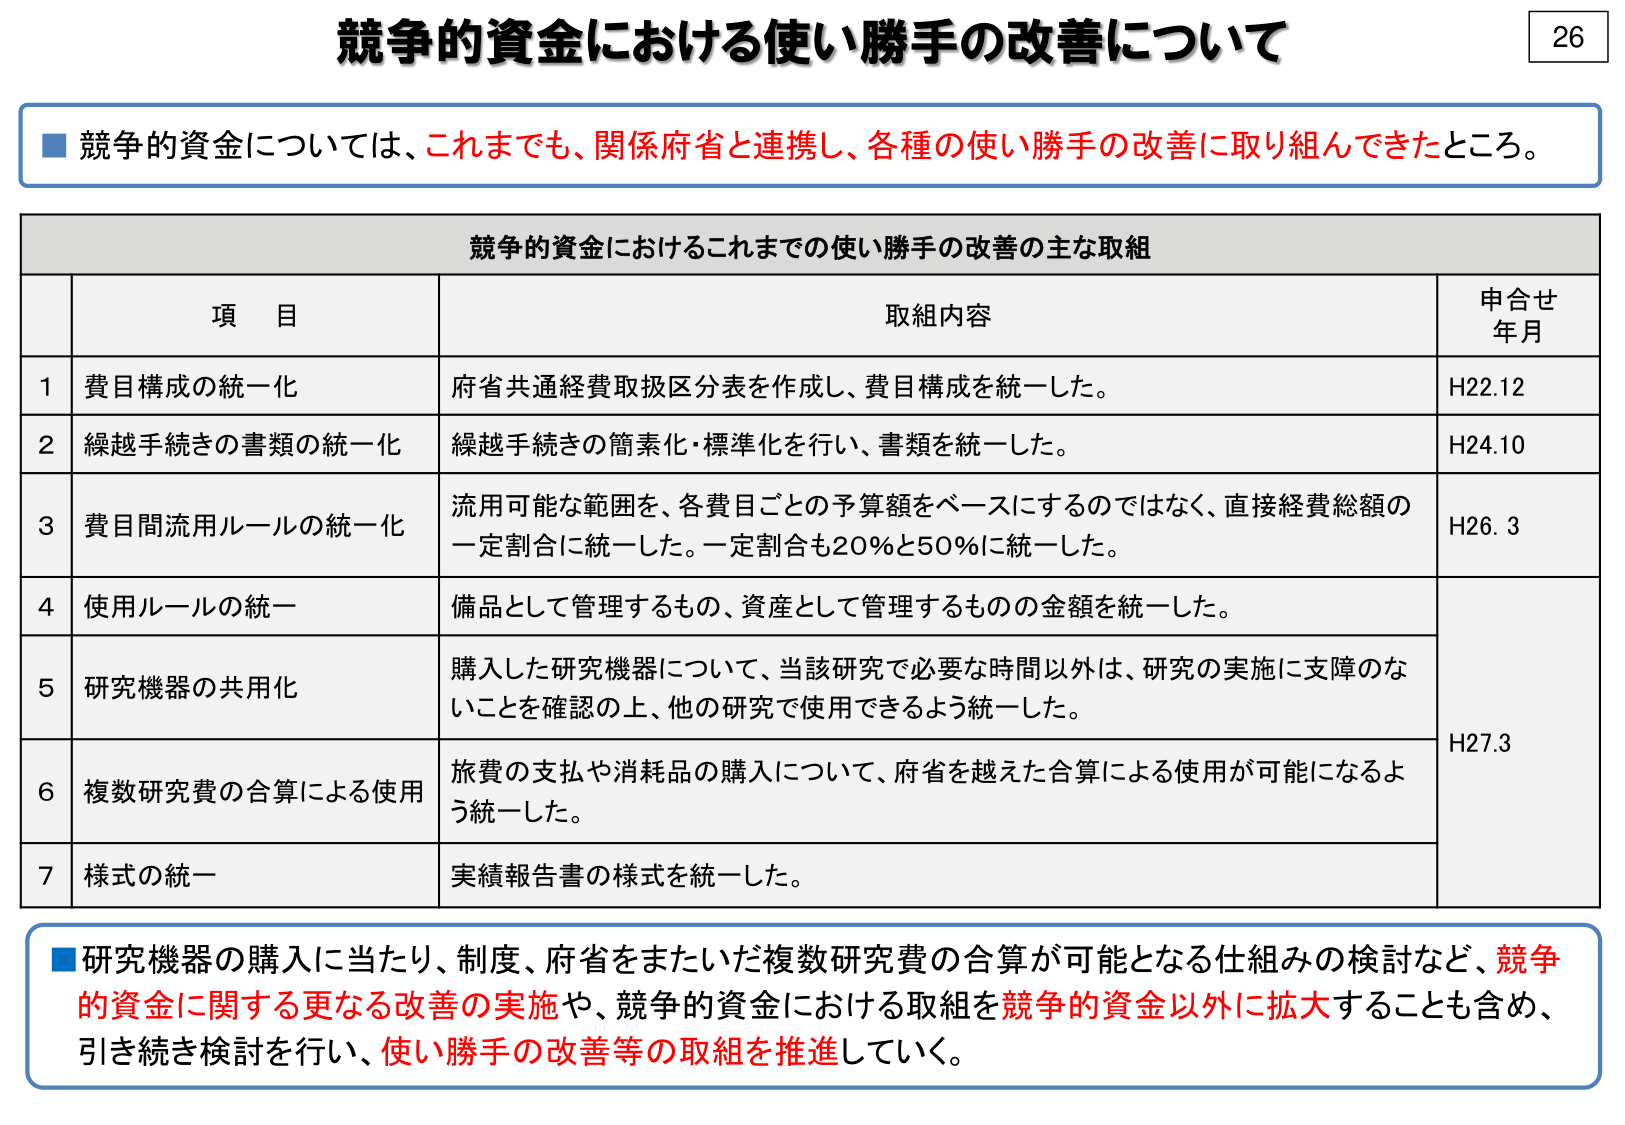
競争的資金における使い勝手の改善について

■ 競争的資金については、これまでも、関係府省と連携し、各種の使い勝手の改善に取り組んできたところ。

競争的資金におけるこれまでの使い勝手の改善の主な取組

項 目 取組内容 申合せ年月
1 費目構成の統一化 府省共通経費取扱区分表を作成し、費目構成を統一した。 H22.12
2 繰越手続きの書類の統一化 繰越手続きの簡素化・標準化を行い、書類を統一した。 H24.10
3 費目間流用ルールの統一化 流用可能な範囲を、各費目ごとの予算額をベースにするのではなく、直接経費総額の一定割合に統一した。一定割合も20％と50％に統一した。 H26.3
4 使用ルールの統一 備品として管理するもの、資産として管理するものの金額を統一した。 H27.3
5 研究機器の共用化 購入した研究機器について、当該研究で必要な時間以外は、研究の実施に支障のないことを確認の上、他の研究で使用できるよう統一した。
6 複数研究費の合算による使用 旅費の支払や消耗品の購入について、府省を越えた合算による使用が可能になるよう統一した。
7 様式の統一 実績報告書の様式を統一した。

■ 研究機器の購入に当たり、制度、府省をまたいだ複数研究費の合算が可能となる仕組みの検討など、競争的資金に関する更なる改善の実施や、競争的資金における取組を競争的資金以外に拡大することも含め、引き続き検討を行い、使い勝手の改善等の取組を推進していく。

26